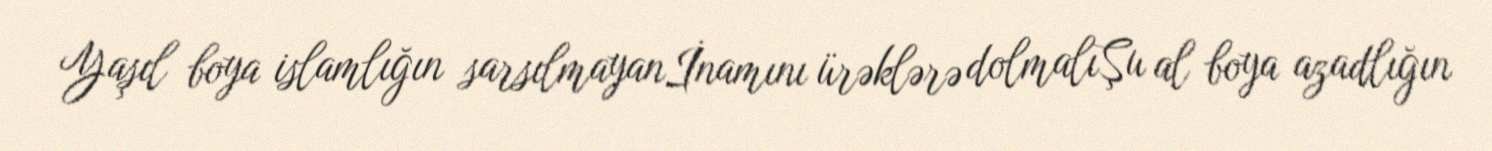
Yaşıl boya islamlığın sarsılmayanİnamını ürəklərə dolmalıŞu al boya azadlığın